Vaccination North-Western Provinces 1866-1877 - 1866-1877
Year: 1866
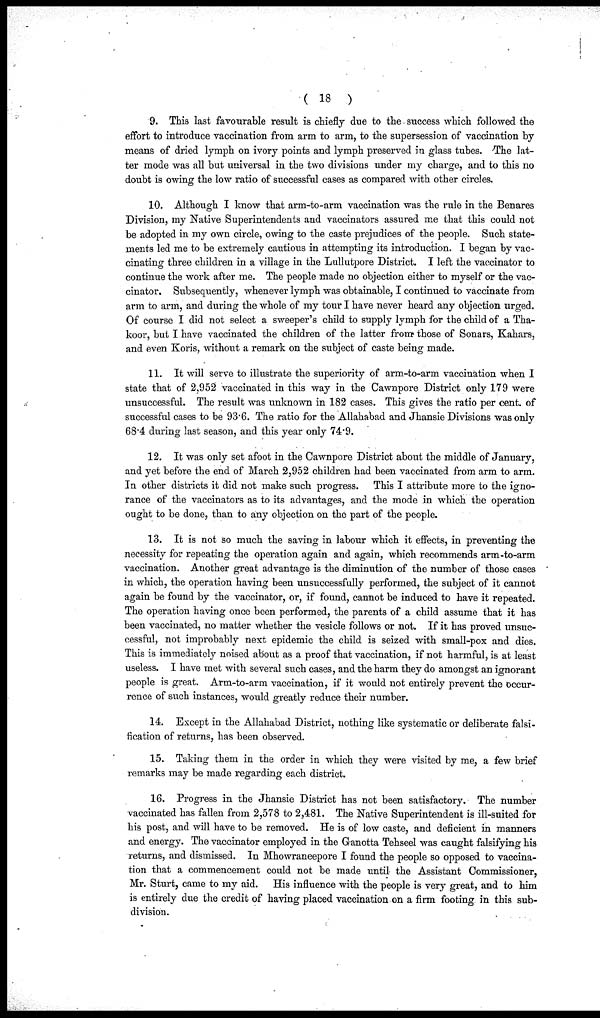
( 18 )
9. This last favourable result is chiefly due to the success which followed the
effort to introduce vaccination from arm to arm, to the supersession of vaccination by
means of dried lymph on ivory points and lymph preserved in glass tubes. The lat-
ter mode was all but universal in the two divisions under my charge, and to this no
doubt is owing the low ratio of successful cases as compared with other circles.
10. Although I know that arm-to-arm vaccination was the rule in the Benares
Division, my Native Superintendents and vaccinators assured me that this could not
be adopted in my own circle, owing to the caste prejudices of the people. Such state-
ments led me to be extremely cautious in attempting its introduction. I began by vac-
cinating three children in a village in the Lullutpore District. I left the vaccinator to
continue the work after me. The people made no objection either to myself or the vac-
cinator. Subsequently, whenever lymph was obtainable, I continued to vaccinate from
arm to arm, and during the whole of my tour I have never heard any objection urged.
Of course I did not select a sweeper's child to supply lymph for the child of a Tha¬
koor, but I have vaccinated the children of the latter from those of Sonars, Kahars,
and even Koris, without a remark on the subject of caste being made.
11. It will serve to illustrate the superiority of arm-to-arm vaccination when I
state that of 2,952 vaccinated in this way in the Cawnpore District only 179 were
unsuccessful. The result was unknown in 182 cases. This gives the ratio per cent. of
successful cases to be 93.6. The ratio for the Allahabad and Jhansie Divisions was only
68.4 during last season, and this year only 74.9.
12. It was only set afoot in the Cawnpore District about the middle of January,
and yet before the end of March 2,952 children had been vaccinated from arm to arm.
In other districts it did not make such progress. This I attribute more to the igno-
rance of the vaccinators as to its advantages, and the mode in which the operation
ought to be done, than to any objection on the part of the people.
13. It is not so much the saving in labour which it effects, in preventing the
necessity for repeating the operation again and again, which recommends arm-to-arm
vaccination. Another great advantage is the diminution of the number of those cases
in which, the operation having been unsuccessfully performed, the subject of it cannot
again be found by the vaccinator, or, if found, cannot be induced to have it repeated.
The operation having once been performed, the parents of a child assume that it has
been vaccinated, no matter whether the vesicle follows or not. If it has proved unsuc-
cessful, not improbably next epidemic the child is seized with small-pox and dies.
This is immediately noised about as a proof that vaccination, if not harmful, is at least
useless. I have met with several such cases, and the harm they do amongst an ignorant
people is great. Arm-to-arm vaccination, if it would not entirely prevent the occur-
rence of such instances, would greatly reduce their number.
14. Except in the Allahabad District, nothing like systematic or deliberate falsi-
fication of returns, has been observed.
15. Taking them in the order in which they were visited by me, a few brief
remarks may be made regarding each district.
16. Progress in the Jhansie District has not been satisfactory. The number
vaccinated has fallen from 2,578 to 2,481. The Native Superintendent is ill-suited for
his post, and will have to be removed. He is of low caste, and deficient in manners
and energy. The vaccinator employed in the Ganotta Tehseel was caught falsifying his
returns, and dismissed. In Mhowraneepore I found the people so opposed to vaccina-
tion that a commencement could not be made until the Assistant Commissioner,
Mr. Sturt, came to my aid. His influence with the people is very great, and to him
is entirely due the credit of having placed vaccination on a firm footing in this sub-
division.